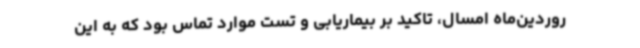
روردین‌ماه امسال، تاکید بر بیماریابی و تست موارد تماس بود که به این